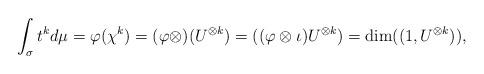
LaTeX: \begin{align*}\int_\sigma t^k d\mu = \varphi(\chi^k) = (\varphi \otimes )(U^{\otimes k}) = ((\varphi \otimes \iota)U^{\otimes k}) = \dim((1, U^{\otimes k})), \end{align*}